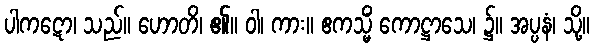
ပါကဋော၊ သည်။ ဟောတိ၊ ၏။ ဝါ၊ ကား။ ဧကသ္မိံ ကောဋ္ဌာသေ၊ ၌။ အပ္ပနံ၊ သို့။